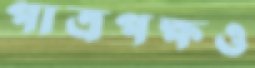
পাত্রপক্ষও